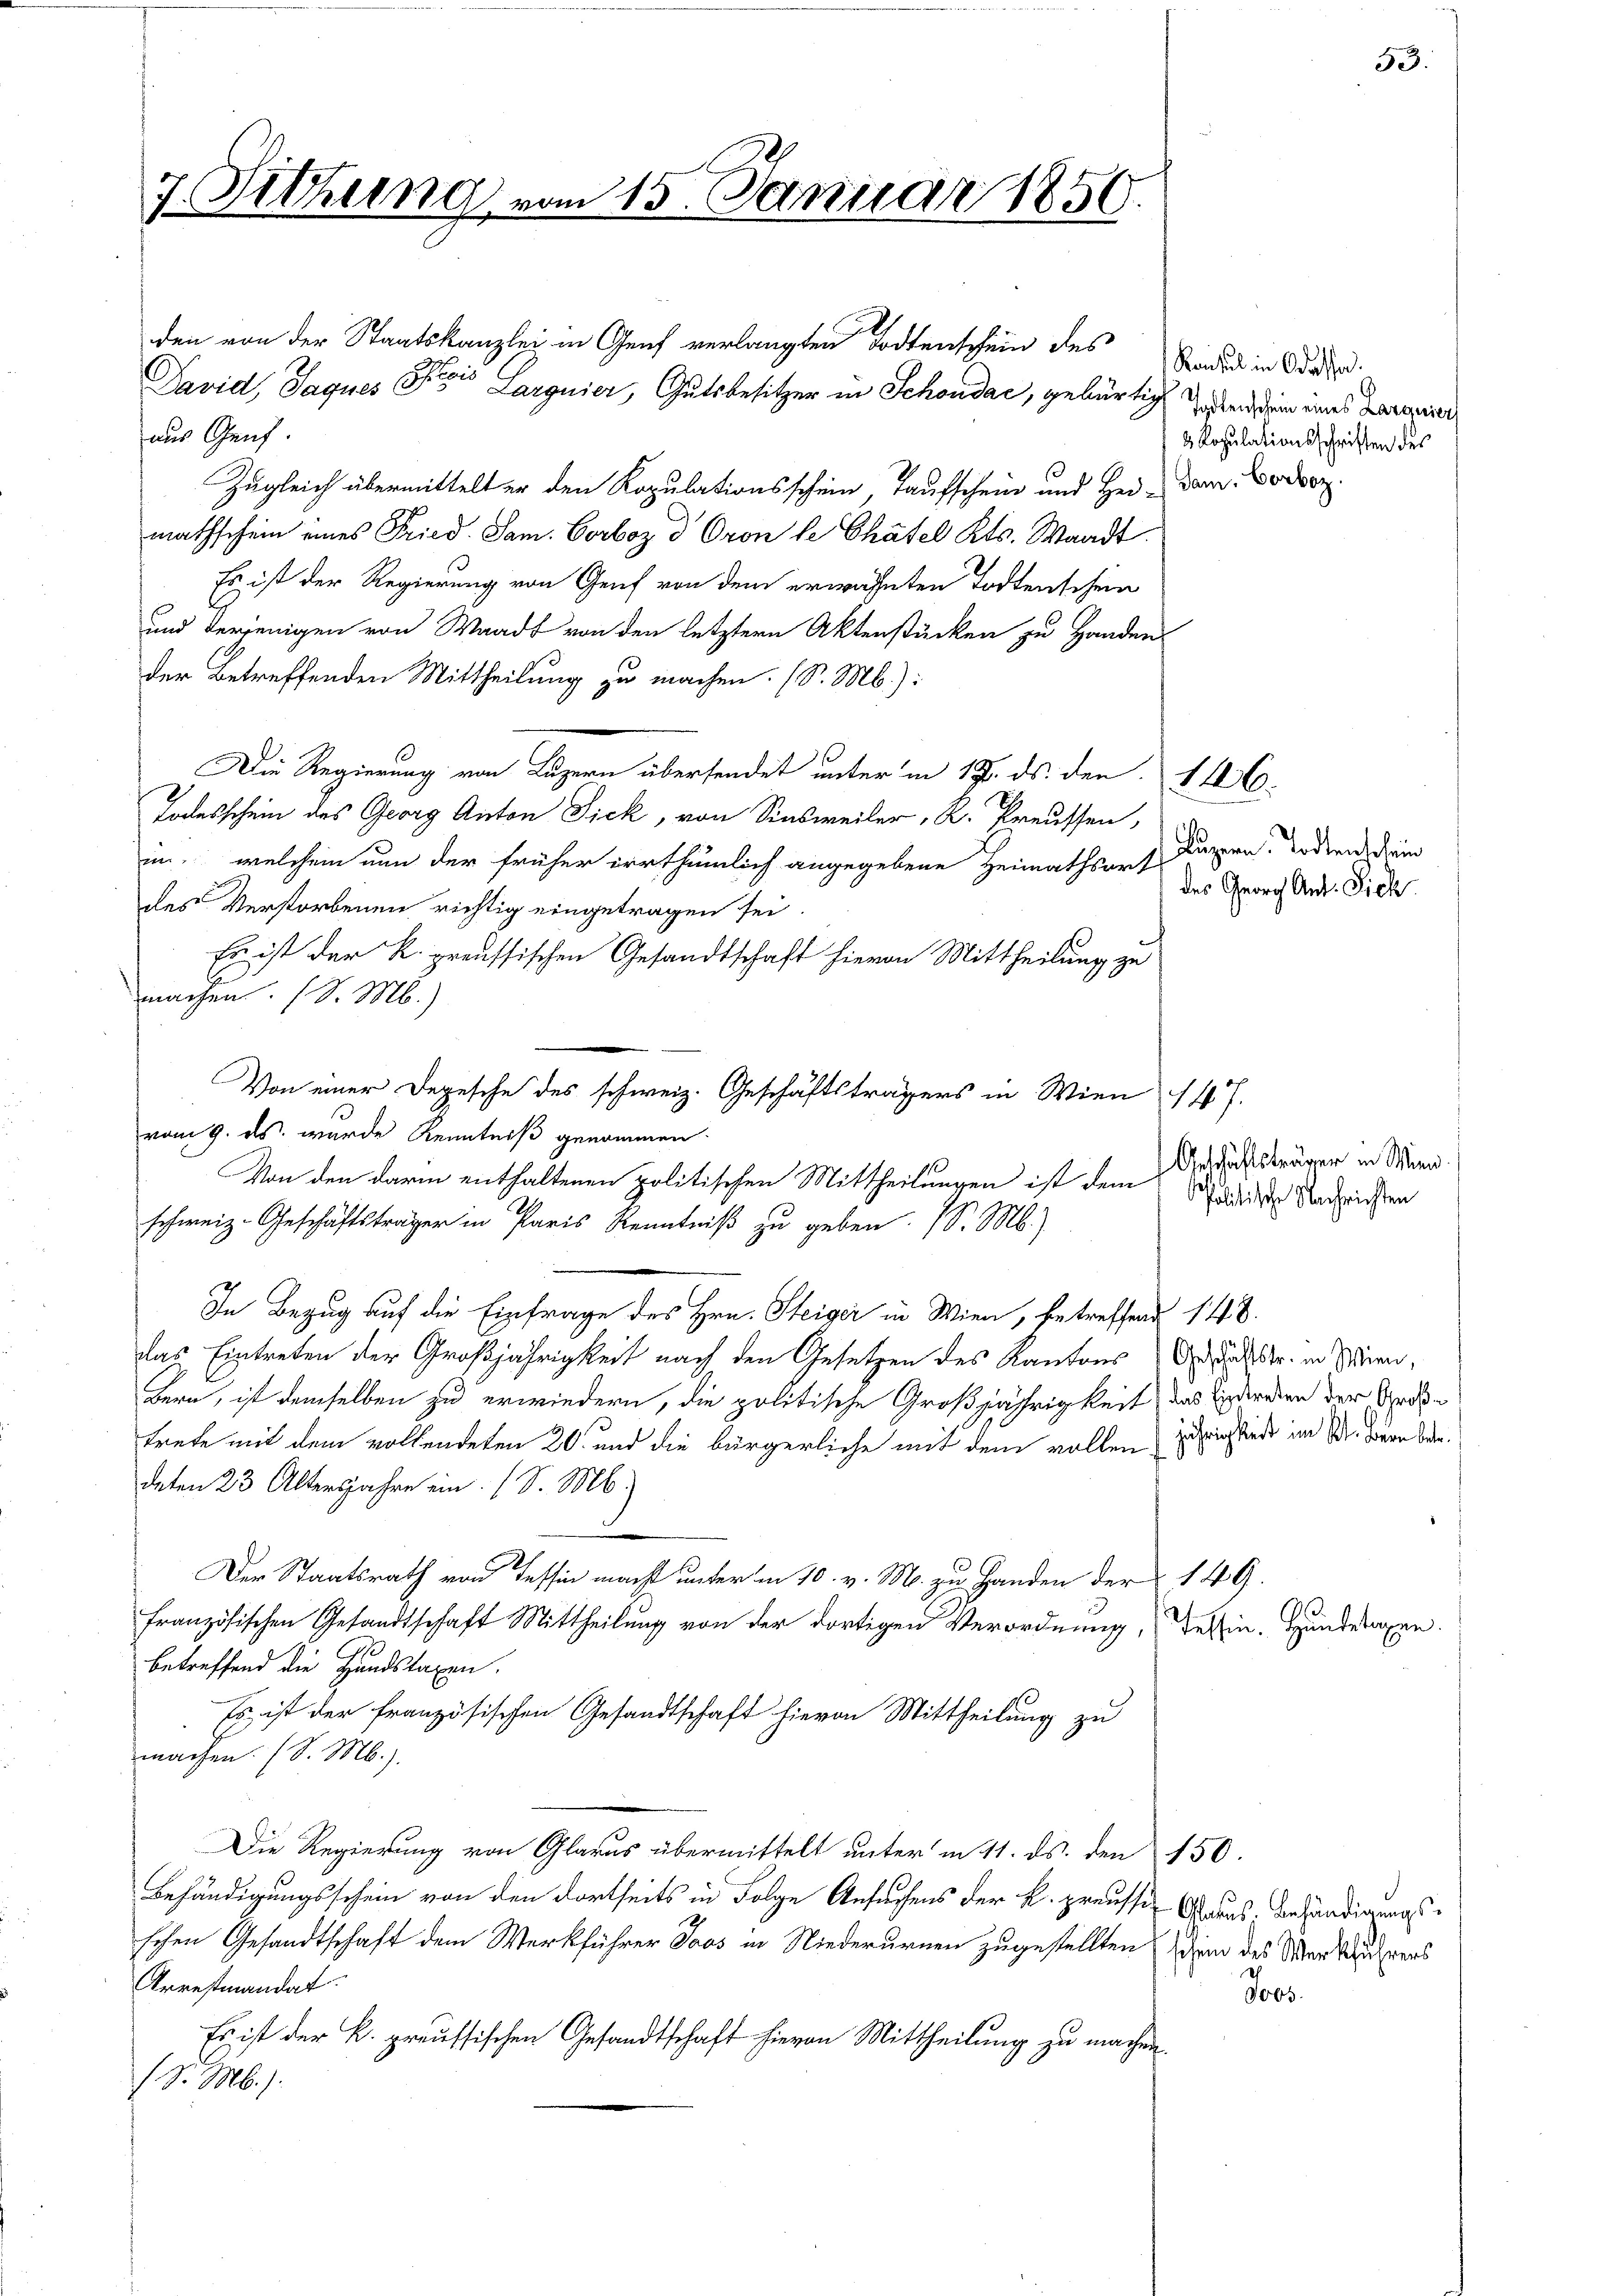
7. Sitzum

215. Januar 1856

den von der Staatskanzlei in Genf verlangten Todtenschein des
David, Jaques St Larguier, Gutsbesitzer in Schondać, gebürtig habend dem eines Berein
aus Genf.
Zugleich übermittelt er den Kopulationsschein Taufschein und Hei-Dam. Vorsor
mathschein eines Fried. Sam. Vorboz d Oron le Chätel Kts. Waadt.
Es ist der Regierung von Genf von dem erwähnten Todtenschein
und derjenigen von Waadt von den letztern Aktenstücken zu Handen
der betreffenden Mittheilung zu machen. (S. Mb.):
Die Regierung von Luzern übersendet unter in 17. ds. der 1126.
Todesschein des Georg Anton Fick, von Sinsweiler, K. Preussen,
in, welchem nun der früher irrthümlich angegebene Heimathsort Kuppen. Todten dein
des Verstorbenen richtig eingetragen sei
Es ist der K. preussischen Gesandtschaft hievon Mittheilung zu
machen. (S. M.)
Von einer Depesche des schweiz. Geschäftsträgers in Wien 147.
vom 9. ds. wurde Kenntniß genommen
Von den darin enthaltenen politischen Mittheilungen ist dem Standen Nachrichten
schweiz. Geschäftsträger in Paris Kenntniß zu geben. (S. M.)
In Bezug auf die Einfrage des Hrn. Steiger in Wien, betreffend 1448.
das Eintreten der Großjährigkeit nach den Gesetzen des Kantons Adalstr. in Wern,
Bern, ist demselben zu erwiedern, die politische Großjährigkeit aus werden der Ordtrete mit dem vollendeten 20 und die bürgerliche mit dem vollen sich finde im 1. Bern bere
deten 23 Altersjahre ein (S. M.
Der Staatsrath von Tessin macht unter am 10. v. M. zu Handen der 149.
französischen Gesandtschaft Mittheilung von der dortigen Verordnung, dessin. Hunderagen.
betreffend die Handslagen.
Es ist der französischen Gesandtschaft hievon Mittheilung zu
machen. (S. M.)
Die Regierung von Glarus übermittelt unter in 11. ds. den 150.
Behändigungsschein von den dortseits in Folge Ansuchens der k. preusser Glarus, Behändigungsschen Gesandtschaft dem Werkführer Joos in Niederurnen zugestellten schien des Werkers
Arrestiandat.
Es ist der k. preussischen Gesandtschaft hievon Mittheilung zu machen.
(S. M.).

Konsul in Odassen.
2 Ropulationsschriften des

des Georg Ant. Sich

Geschäftsträger in Wien.

Jobs

53.